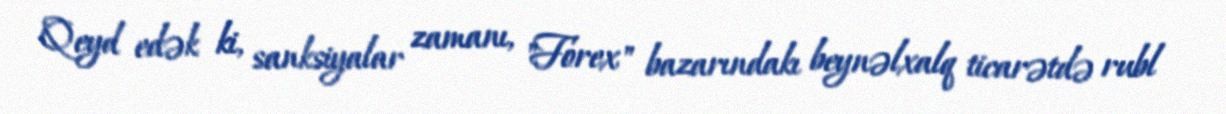
Qeyd edək ki, sanksiyalar zamanı, "Forex" bazarındakı beynəlxalq ticarətdə rubl